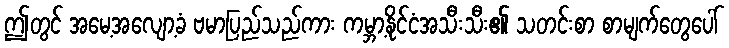
ဤတွင် အမေ့အလျော့ခံ ဗမာပြည်သည်ကား ကမ္ဘာ့နိုင်ငံအသီးသီး၏ သတင်းစာ စာမျက်တွေပေါ်